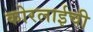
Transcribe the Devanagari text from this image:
कोरलाईची